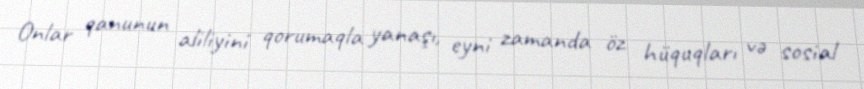
Onlar qanunun aliliyini qorumaqla yanaşı, eyni zamanda öz hüquqları və sosial